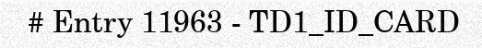
# Entry 11963 - TD1_ID_CARD